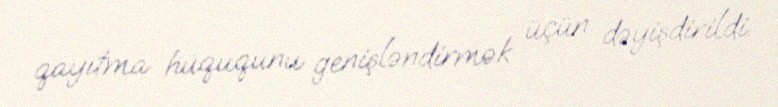
qayıtma hüququnu genişləndirmək üçün dəyişdirildi.